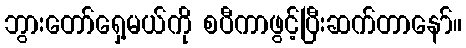
ဘွားတော်ရှေ့မယ်ကို စပီကာဖွင့်ပြီးဆက်တာနော်။